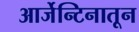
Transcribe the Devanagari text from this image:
आर्जेन्टिनातून